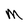
Character: M